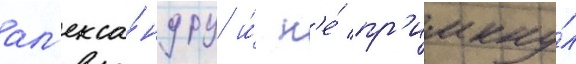
ал'екса́ндру и́ н'е́ пр'имкну́л